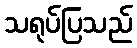
သရုပ်ပြသည်